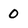
Character: 0